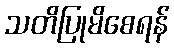
သတိပြုမိစေရန်